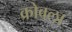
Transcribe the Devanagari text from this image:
क्रोवला